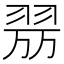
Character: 𦐟